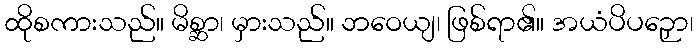
ထိုစကားသည်။ မိစ္ဆာ၊ မှားသည်။ ဘဝေယျ၊ ဖြစ်ရာ၏။ အယံပိပဉှော၊